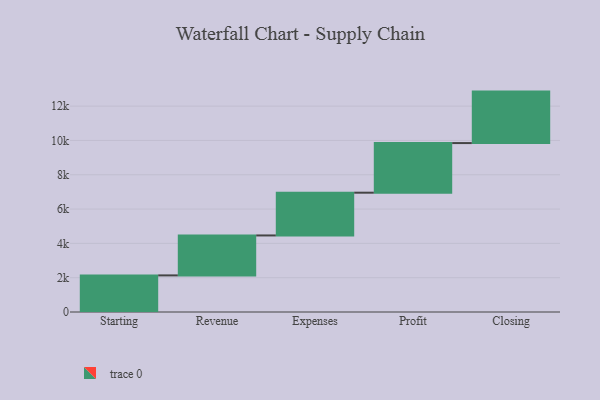
{"axis": {"x": "Step", "y": "Value"}, "legend": [""], "data": [{"x": "Starting", "y": 2133.0, "type": ""}, {"x": "Revenue", "y": 2329.0, "type": ""}, {"x": "Expenses", "y": 2492.0, "type": ""}, {"x": "Profit", "y": 2892.0, "type": ""}, {"x": "Closing", "y": 3000, "type": ""}]}